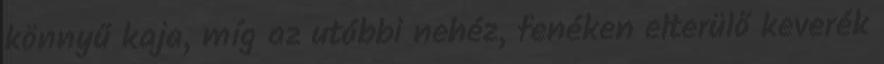
könnyű kaja, míg az utóbbi nehéz, fenéken elterülő keverék